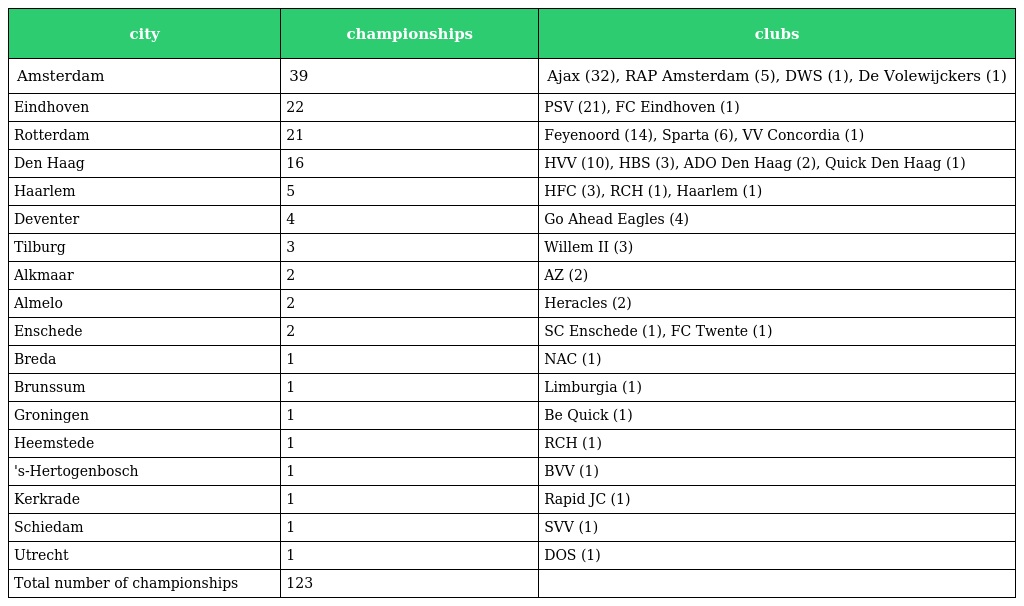
| city | championships | clubs |
 | --- | --- | --- |
 | Amsterdam | 39 | Ajax (32), RAP Amsterdam (5), DWS (1), De Volewijckers (1) |
 | Eindhoven | 22 | PSV (21), FC Eindhoven (1) |
 | Rotterdam | 21 | Feyenoord (14), Sparta (6), VV Concordia (1) |
 | Den Haag | 16 | HVV (10), HBS (3), ADO Den Haag (2), Quick Den Haag (1) |
 | Haarlem | 5 | HFC (3), RCH (1), Haarlem (1) |
 | Deventer | 4 | Go Ahead Eagles (4) |
 | Tilburg | 3 | Willem II (3) |
 | Alkmaar | 2 | AZ (2) |
 | Almelo | 2 | Heracles (2) |
 | Enschede | 2 | SC Enschede (1), FC Twente (1) |
 | Breda | 1 | NAC (1) |
 | Brunssum | 1 | Limburgia (1) |
 | Groningen | 1 | Be Quick (1) |
 | Heemstede | 1 | RCH (1) |
 | 's-Hertogenbosch | 1 | BVV (1) |
 | Kerkrade | 1 | Rapid JC (1) |
 | Schiedam | 1 | SVV (1) |
 | Utrecht | 1 | DOS (1) |
 | Total number of championships | 123 |  |